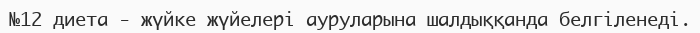
№12 диета - жүйке жүйелері ауруларына шалдыққанда белгіленеді.